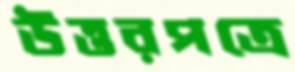
উত্তরপত্রে